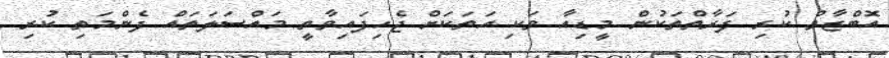
އޮބްޒާވް ކުރި ފަރާތްތަކުން މީޑިއާ ވަކި އަތަކަށް ޖެހިފައިވާތީ މައްސަލަތައް ފެންމަތި ކުރި